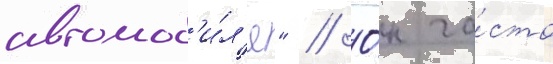
автомоб'и́л'я" // О́н ча́сто